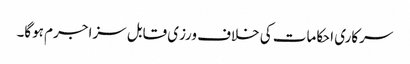
سرکاری احکامات کی خلاف ورزی قابل سزا جرم ہوگا۔